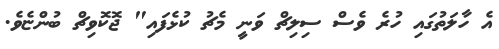
އެ ހާލަތުގައި ހުރެ ވެސް ސިލިޗް ވަނީ މެޗު ކުޅެފައި" ޖޮކޮވިޗް ބުންޏެވެ.